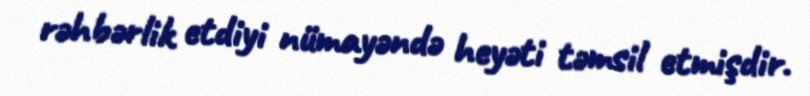
rəhbərlik etdiyi nümayəndə heyəti təmsil etmişdir.